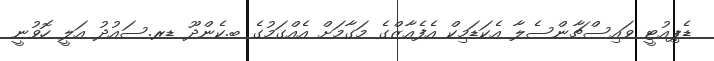
ޑެޕިއުޓީ ވައިސްޗާންސެލާ އެކަޑަމިކް އެފެއާޒްގެ މަގާމަށް އެއްގަމުގެ ބ.ކެންދޫ ޑރ.ސައުދު އަލީ ހޮވުނީ